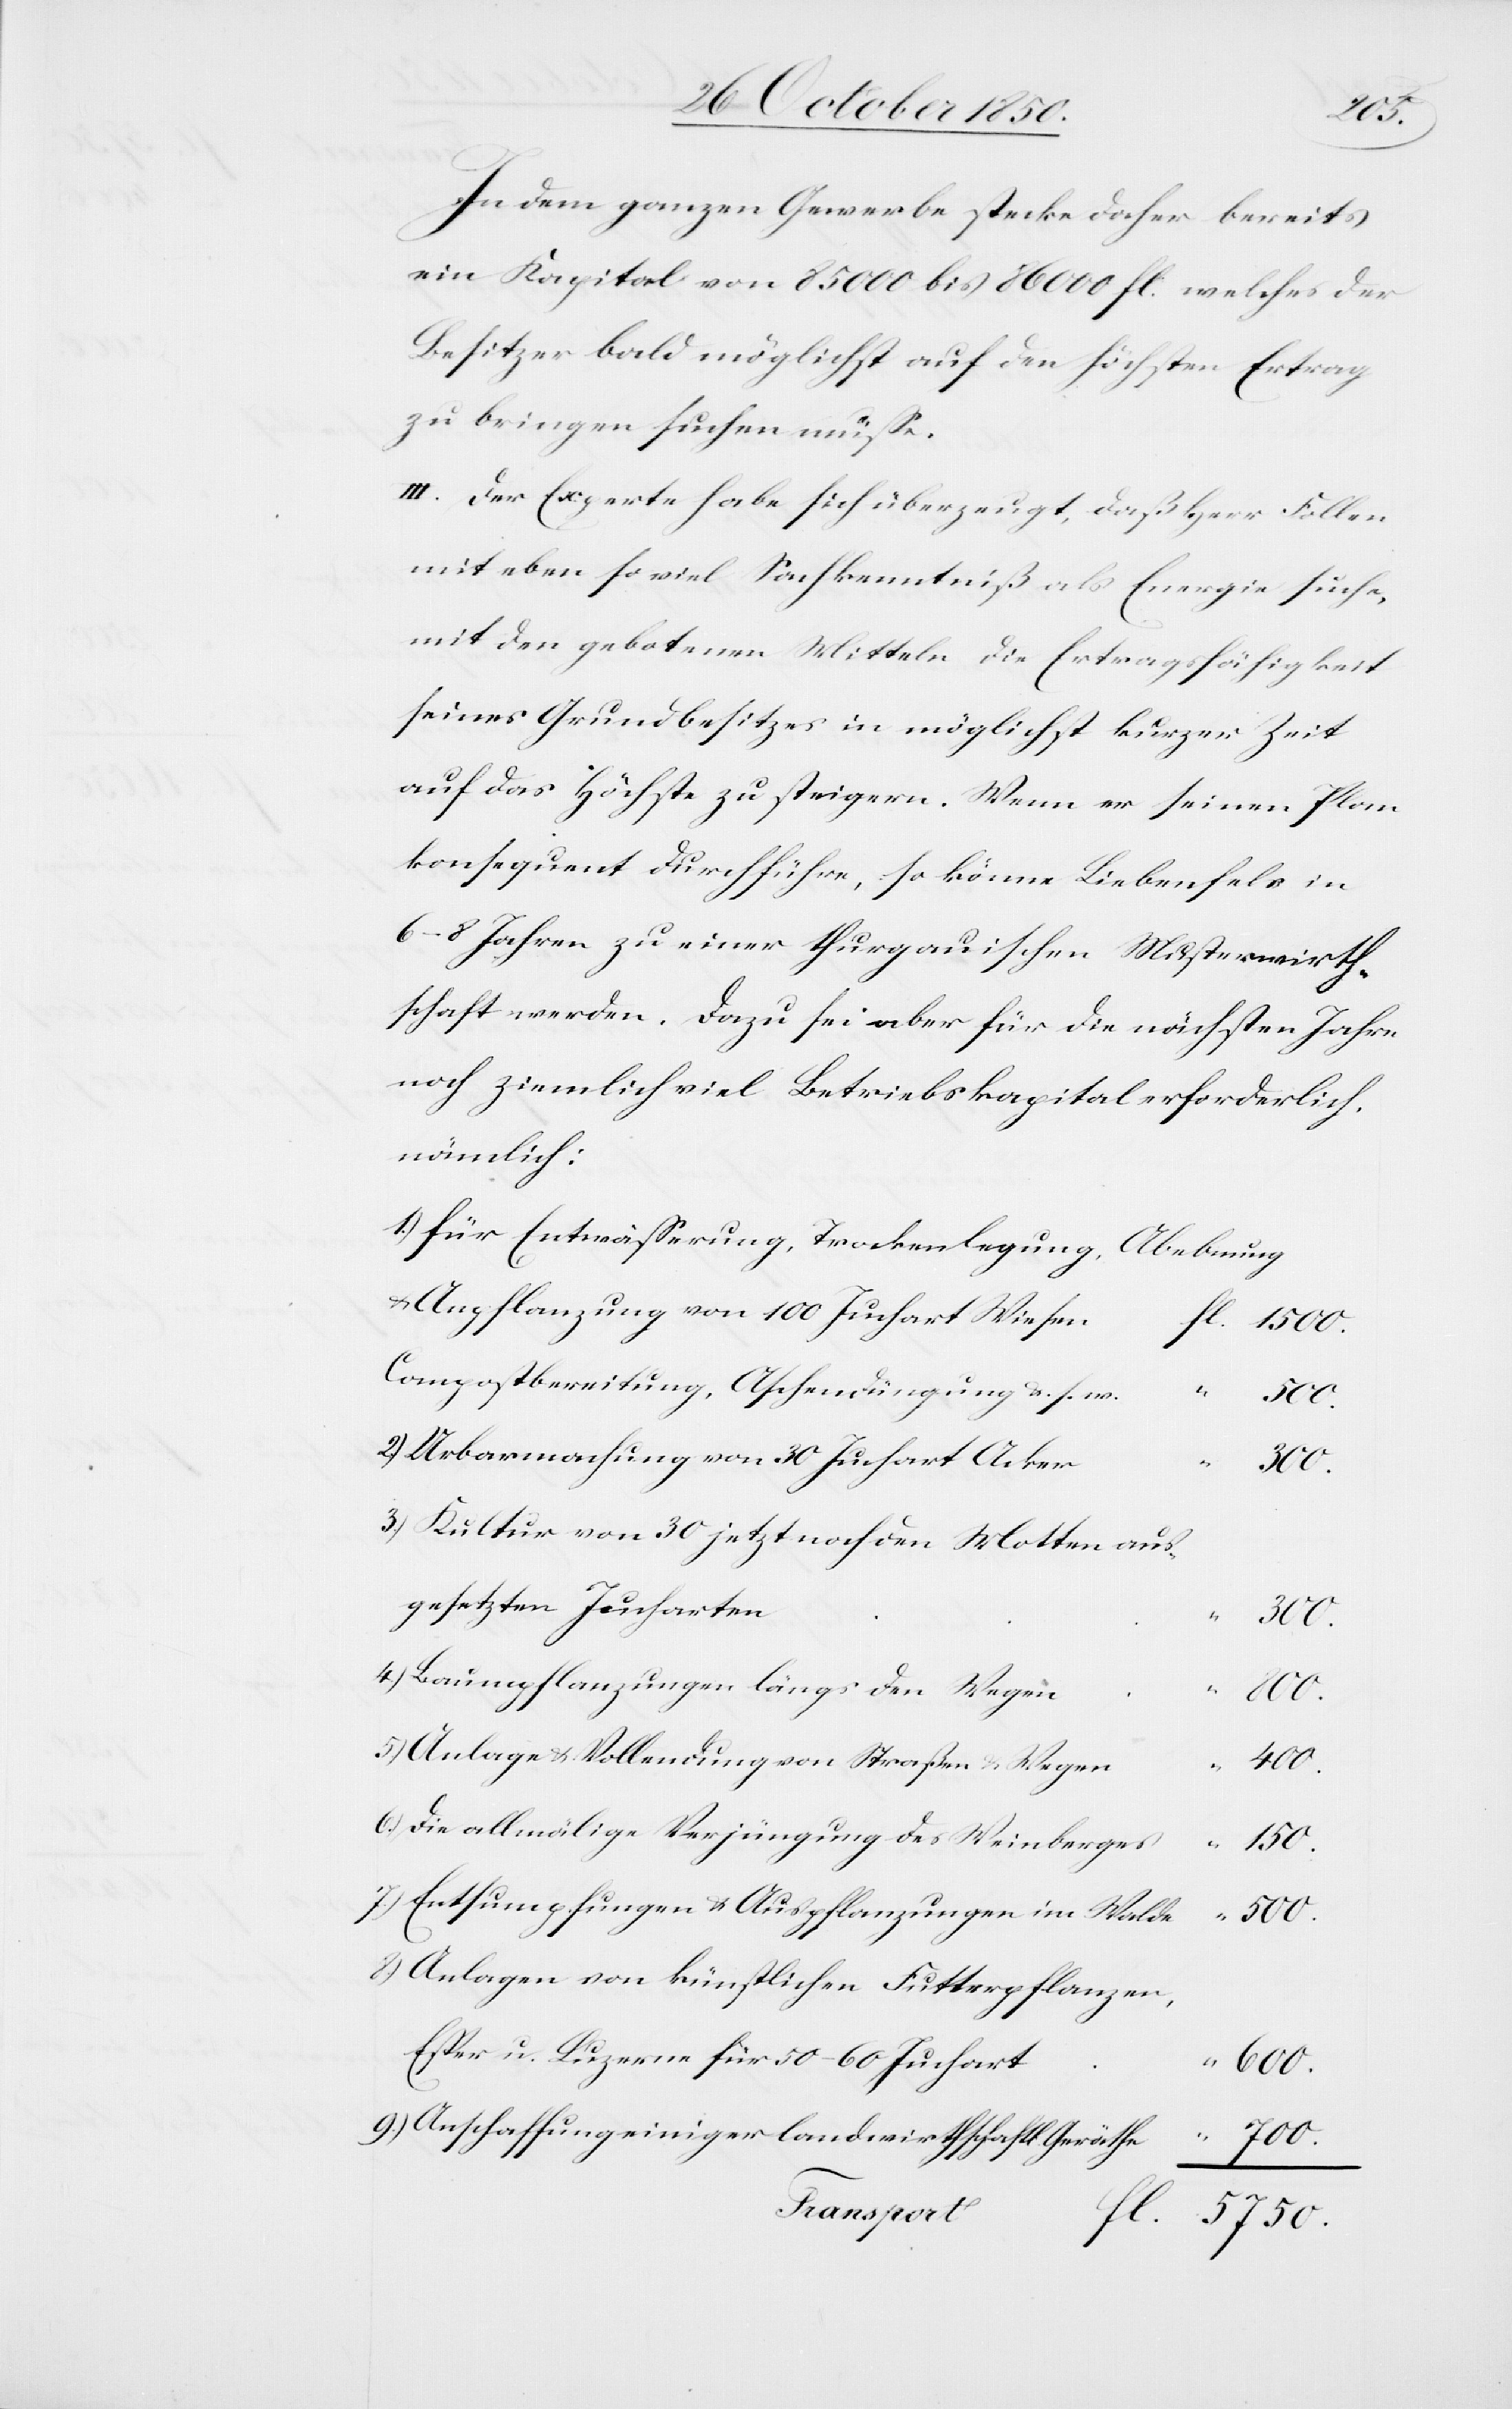
In dem ganzen Gewerbe stecke daher bereits
ein Kapital von 85 000 bis 86 000 fl. welches der
Besitzer bald möglichst auf den höchsten Ertrag
zu bringen suchen müsse.
III. Der Experte habe sich überzeugt, daß Herr Follen
mit eben so viel Sachkenntniß als Energie suche,
mit den gebotenen Mitteln die Ertragsfähigkeit
seines Grundbesitzes in möglichst kurzer Zeit
auf das Höchste zu steigern. Wenn er seinen Plan
konsequent durchführe, so könne Liebenfels in
6–8 Jahren zu einer thurgauischen Musterwirth¬
schaft werden. Dazu sei aber für die nächsten Jahre
noch ziemlich viel Betriebskapital erforderlich,
nämlich:
für Entwässerung, Trockenlegung, Abebnung
& Anpflanzung von 100 Juchart Wiesen
Compostbereitung, Aschendüngung &. s. w.
“
2)
Urbarmachung von 30 Juchart Acker
5)
3)
Kultur von 30 jetzt noch den Motten aus¬
gesetzten Jucharten
4)
Baumpflanzungen längs den Wegen
Anlage & Vollendung von Straßen & Wegen
400.
Die allmälige Verjüngung des Weinberges
150.
Entsumpfungen & Auspflanzungen im Walde
500.
Anlagen von künstlichen Futterpflanzen,
Esper u. Luzerne für 50–60 Juchart
600.
Anschaffung einiger landwirthschaftl. Geräthe
700.